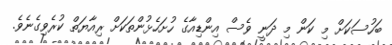
ބަހުސަކަށް މި ކަން މި ދަނީ ވެސް އިންޑިއާގެ ހުށަހެޅުންތަކަށް ރިއާޔަތް ކުރެވިގެނެވެ.